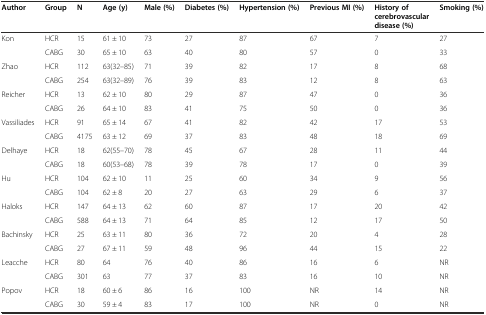
| Author | Group | N | Age (y) | Male (%) | Diabetes (%) | Hypertension (%) | Previous MI (%) | History of cerebrovascular disease (%) | Smoking (%) |
 | --- | --- | --- | --- | --- | --- | --- | --- | --- | --- |
 | Kon | HCR | 15 | 61 ± 10 | 73 | 27 | 87 | 67 | 7 | 27 |
 |  | CABG | 30 | 65 ± 10 | 63 | 40 | 80 | 57 | 0 | 33 |
 | Zhao | HCR | 112 | 63(32–85) | 71 | 39 | 82 | 17 | 8 | 68 |
 |  | CABG | 254 | 63(32–89) | 76 | 39 | 83 | 12 | 8 | 63 |
 | Reicher | HCR | 13 | 62 ± 10 | 80 | 29 | 87 | 47 | 0 | 36 |
 |  | CABG | 26 | 64 ± 10 | 83 | 41 | 75 | 50 | 0 | 36 |
 | Vassiliades | HCR | 91 | 65 ± 14 | 67 | 41 | 82 | 42 | 17 | 53 |
 |  | CABG | 4175 | 63 ± 12 | 69 | 37 | 83 | 48 | 18 | 69 |
 | Delhaye | HCR | 18 | 62(55–70) | 78 | 45 | 67 | 28 | 11 | 44 |
 |  | CABG | 18 | 60(53–68) | 78 | 39 | 78 | 17 | 0 | 39 |
 | Hu | HCR | 104 | 62 ± 10 | 11 | 25 | 60 | 34 | 9 | 56 |
 |  | CABG | 104 | 62 ± 8 | 20 | 27 | 63 | 29 | 6 | 37 |
 | Haloks | HCR | 147 | 64 ± 13 | 62 | 60 | 87 | 17 | 20 | 42 |
 |  | CABG | 588 | 64 ± 13 | 71 | 64 | 85 | 12 | 17 | 50 |
 | Bachinsky | HCR | 25 | 63 ± 11 | 80 | 36 | 72 | 20 | 4 | 28 |
 |  | CABG | 27 | 67 ± 11 | 59 | 48 | 96 | 44 | 15 | 22 |
 | Leacche | HCR | 80 | 64 | 76 | 40 | 86 | 16 | 6 | NR |
 |  | CABG | 301 | 63 | 77 | 37 | 83 | 16 | 10 | NR |
 | Popov | HCR | 18 | 60 ± 6 | 86 | 16 | 100 | NR | 14 | NR |
 |  | CABG | 30 | 59 ± 4 | 83 | 17 | 100 | NR | 0 | NR |